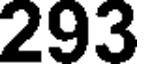
293